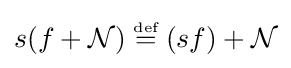
s(f+{\mathcal {N}})\;{\stackrel {\scriptscriptstyle {\text{def}}}{=}}\;(sf)+{\mathcal {N}}